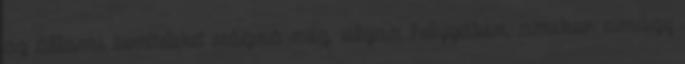
az állami bevételeket vágná meg, olyan helyzetben, amikor amúgy